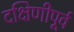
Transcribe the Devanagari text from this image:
दक्षिणीपूर्व